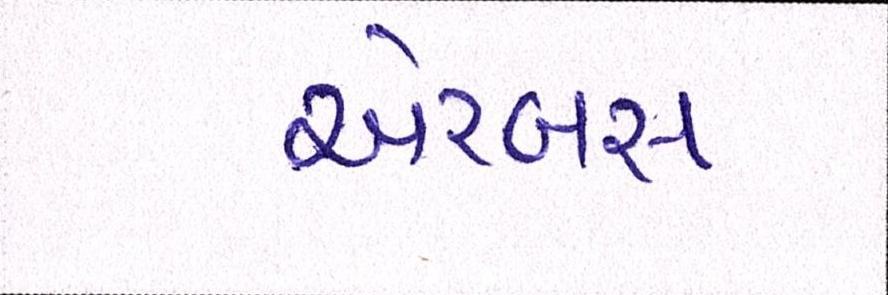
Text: એરબસ